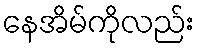
နေအိမ်ကိုလည်း